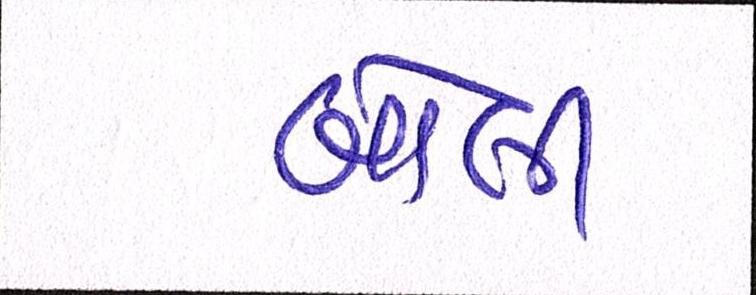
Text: બોલી